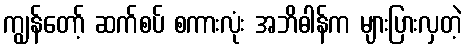
ကျွန်တော့် ဆက်စပ် စကားလုံး အဘိဓါန်က များပြားလှတဲ့